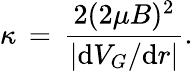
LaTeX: \kappa\, =\, \frac{2(2\mu B)^{2}}{|\mathrm{d}V_{G}/\mathrm{d}r|}.